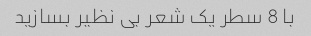
با 8 سطر یک شعر بی نظیر بسازید